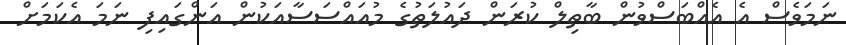
ނަމަވެސް އެ އެއްބަސްވުން ބާތިލް ކުރަން ދައުލަތުގެ މުއައްސަސާއަކުން އަންގައިފި ނަމަ އެކަމަށް